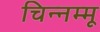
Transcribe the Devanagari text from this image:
चिन्‍नम्‍मू